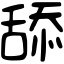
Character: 舔